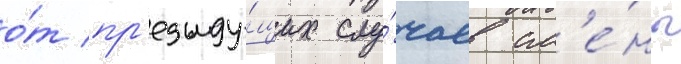
о́т пр'едыду́щих слу́чаев см'е́ны